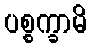
ပစ္စက္ခာမိ